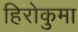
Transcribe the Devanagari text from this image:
हिरोकुमा